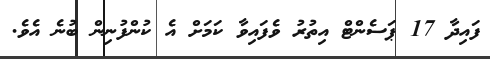
ފައިދާ 17 ޕަސެންޓް އިތުރު ވެފައިވާ ކަމަށް އެ ކުންފުނިން ބުނެ އެވެ.